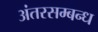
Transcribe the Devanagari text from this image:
अंतरसम्बन्ध